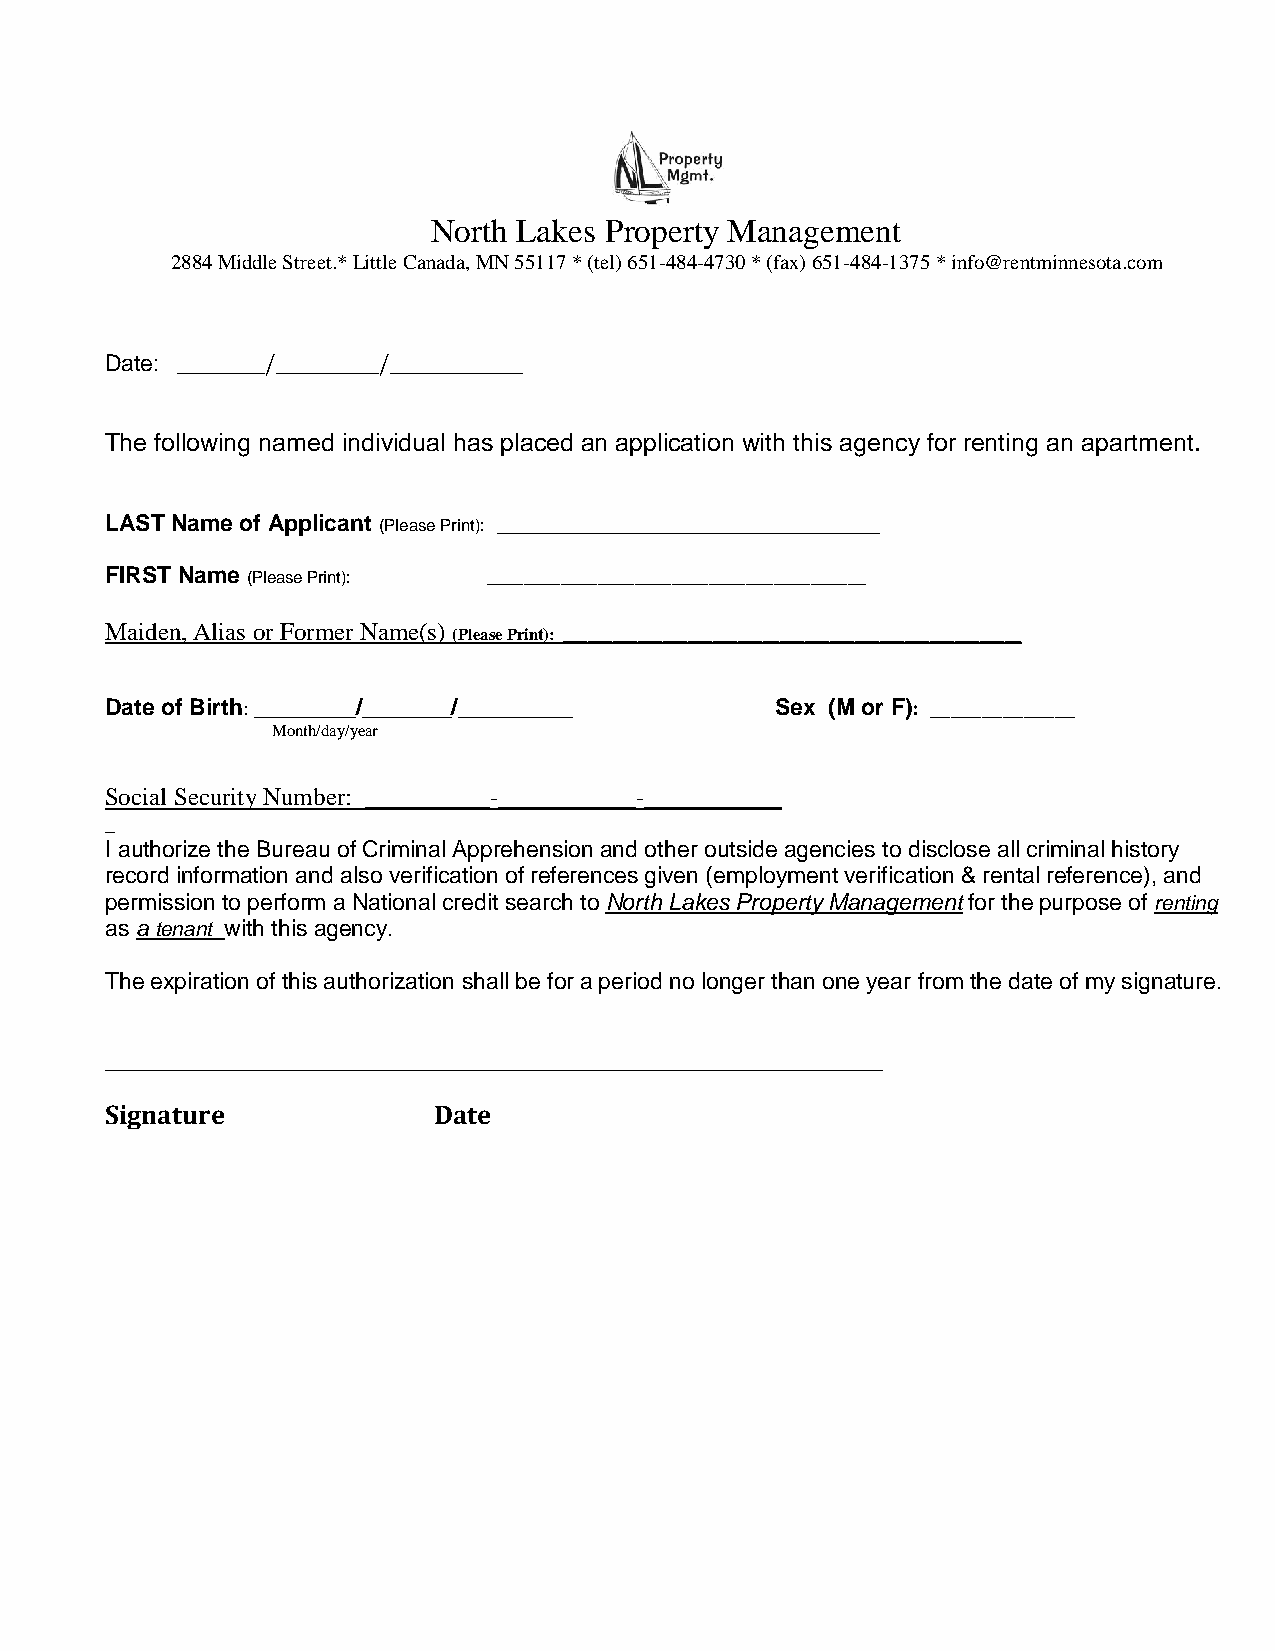
North Lakes Property Management
 2884 Middle Street.* Little Canada, MN 55117 * (tel) 651-484-4730 * (fax) 651-484-1375 * info@rentminnesota.com
 Date: ______/_______/_________
 The following named individual has placed an application with this agency for renting an apartment.
 LAST Name of Applicant (Please Print): ______________________________
 FIRST Name (Please Print): _________________________________________
 Maiden, Alias or Former Name(s)
 (Please Print): _______________________________________________________
 Date of Birth: ________/_______/_________   Sex (M or F): ______________
 Month/day/year
 Social Security Number: __________-___________-___________
 _
 I authorize the Bureau of Criminal Apprehension and other outside agencies to disclose all criminal history
 record information and also verification of references given (employment verification & rental reference), and
 permission to perform a National credit search to North Lakes Property Management for the purpose of renting
 as a tenant with this agency.
 The expiration of this authorization shall be for a period no longer than one year from the date of my signature.
 _____________________________________________________________
 Signature             Date